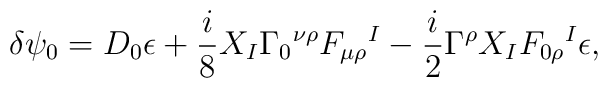
\delta\psi_0 = D_0 \epsilon +  { i\over 8}X_I\Gamma_0{}^{\nu\rho}F_{\mu\rho}{}^I - {i\over2}\Gamma^\rho X_IF_{0\rho}{}^I\epsilon,